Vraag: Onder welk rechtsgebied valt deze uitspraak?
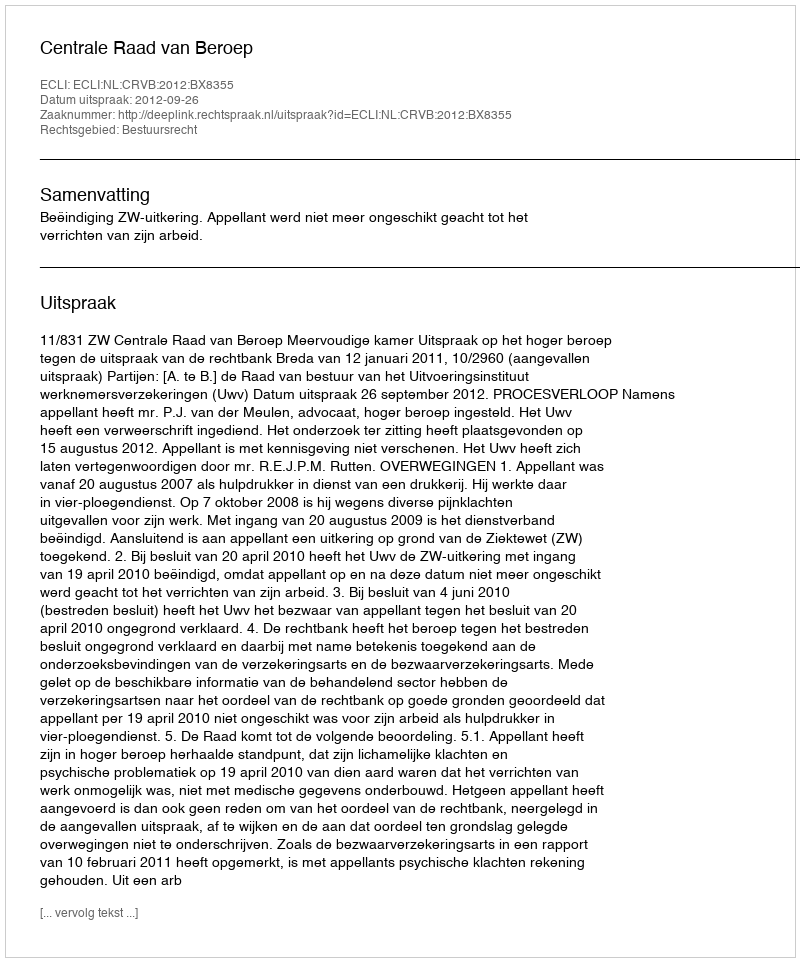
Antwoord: Bestuursrecht